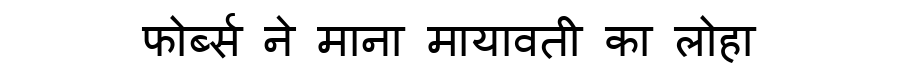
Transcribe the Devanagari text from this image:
फोर्ब्स ने माना मायावती का लोहा